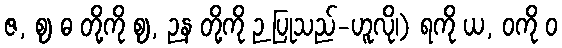
ဇ, ဈ ဓ တို့ကို ဈ, ဉန တို့ကို ဉ ပြုသည်-ဟူလို၊) ရကို ယ, ဝကို ဝ